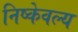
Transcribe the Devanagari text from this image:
निष्केवल्य